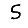
Digit: 5